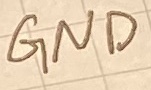
Text: GND